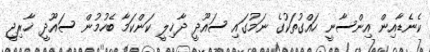
ކެނެޑާއިން އިންސާނީ ހައްގުތަކުގެ ނަމުގައި ސައޫދީ ދާޚިލީ ކަންކަމާ ބެހުމުން ސައޫދީ ޚާރިޖީ